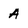
Character: A